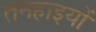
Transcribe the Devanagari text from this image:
तनहाइयों